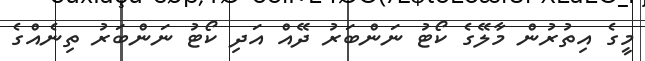
މީގެ އިތުރުން މާލޭގެ ކޯޓު ނަންބަރު ދޭއް އަދި ކޯޓު ނަންބަރު ތިނެއްގެ